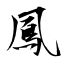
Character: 鳳